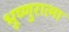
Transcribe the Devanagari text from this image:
भूष्णुरात्मा